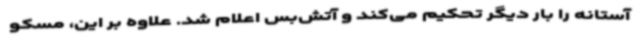
آستانه را بار دیگر تحکیم می‌کند و آتش‌بس اعلام شد. علاوه بر این، مسکو